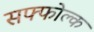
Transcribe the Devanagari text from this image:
सफ्फोल्क